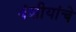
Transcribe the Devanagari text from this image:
वंशीयांचे